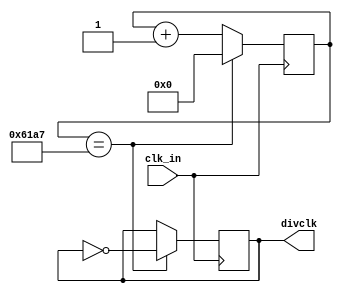
module clock_division(clk_in,divclk);
    input clk_in;
    output divclk;
    parameter DIVCLK_CNTMAX = 24999; //
    reg [31:0] cnt = 0;              
    reg divclk_reg = 0;
    always@(posedge clk_in) begin
        if(cnt == DIVCLK_CNTMAX) begin
            cnt <= 0;
            divclk_reg <= ~divclk_reg;
        end
        else
            cnt <= cnt + 1;
    end 
    assign divclk = divclk_reg;
endmodule